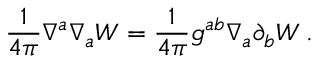
\frac { 1 } { 4 \pi } \nabla ^ { a } \nabla _ { a } { \cal W } = \frac { 1 } { 4 \pi } g ^ { a b } \nabla _ { a } \partial _ { b } { \cal W } \, .